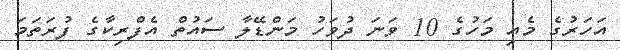
އަހަރުގެ މެއި މަހުގެ 10 ވަނަ ދުވަހު މަންޑޭލާ ސައުތް އެފްރިކާގެ ފުރަތަމަ